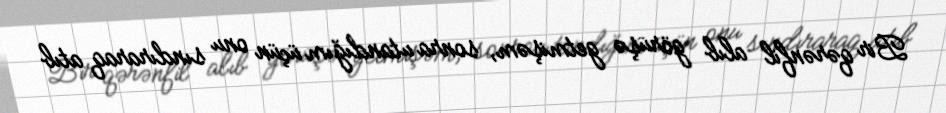
Bir qərənfil alıb görüşə getmişəm, sonra utandığım üçün onu sındıraraq atıb